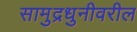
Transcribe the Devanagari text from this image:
सामुद्रधुनीवरील